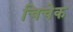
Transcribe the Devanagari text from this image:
चिचेक